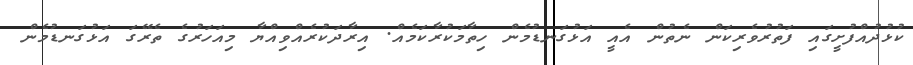
ކުޅުދުއްފުށީގައި ފަތުރުވެރިކަން ނެތުން އެއީ އަޅުގަނޑުމެން ހިތާމަކުރާކަމެއް. އިރާދަކުރެއްވިއްޔާ މިއަހަރުގެ ތެރޭގަ އަޅުގަނޑުމެން